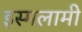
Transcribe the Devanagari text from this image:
इस्मलामी